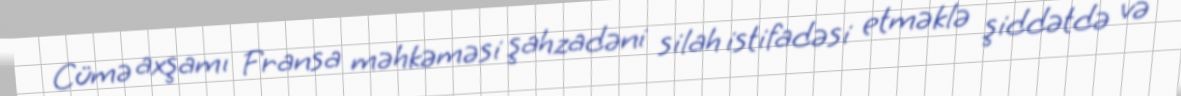
Cümə axşamı Fransa məhkəməsi şahzadəni silah istifadəsi etməklə şiddətdə və